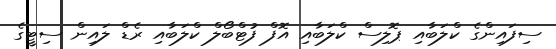
ސިފައިންގެ ކްލަބާއި ޕޮލިސް ކްލަބާއި އޮފް ފުޓްބޯލް ކްލަބާއި ރެޑް ލައިން ސިޓީގެ